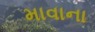
માવાના